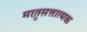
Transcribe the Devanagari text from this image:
मात़ृसत्तात्मक